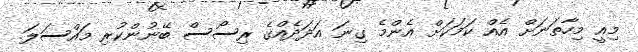
މިއީ މިހާތަނަށް އެއް ކަމަކަށް އެންމެ ގިނަ އަދަދެއްގެ ރިސޯސް ބޭނުންކުރި މައްސަލަ.